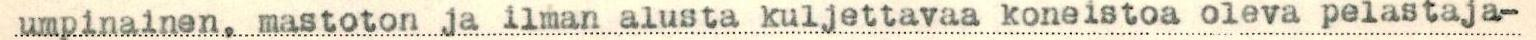
umpinainen, maston ja ilman alusta kuljettavaa koneistoa oleva pelastaja-